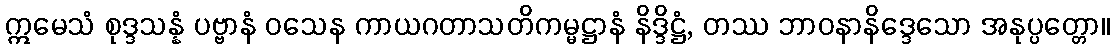
ဣမေသံ စုဒ္ဒသန္နံ ပဗ္ဗာနံ ဝသေန ကာယဂတာသတိကမ္မဋ္ဌာနံ နိဒ္ဒိဋ္ဌံ, တဿ ဘာဝနာနိဒ္ဒေသော အနုပ္ပတ္တော။